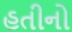
હતીનો